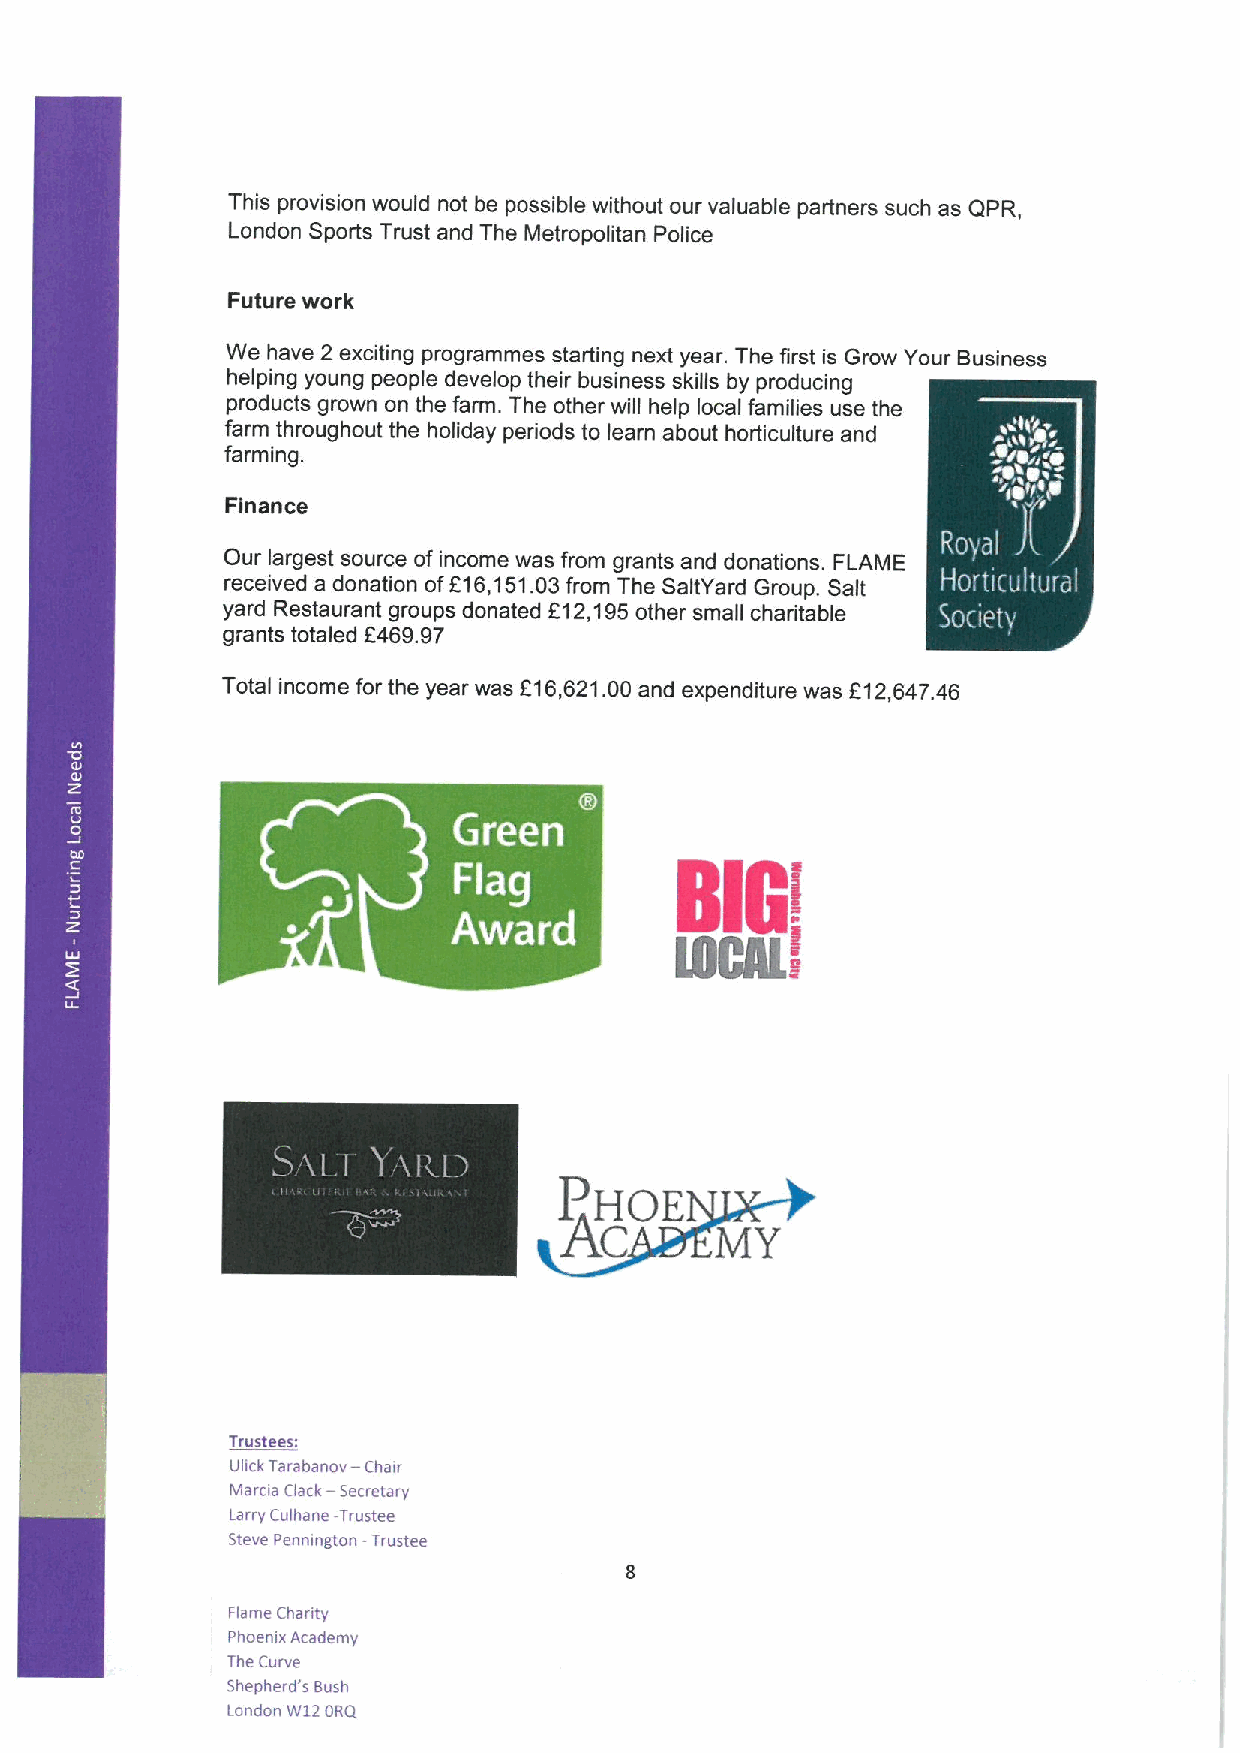
This provision would not be possible without our valuable partners such as QPR,
 London Sports Trust and The Metropolitan Police
 Future work
 We have 2 exciting programmes starting next year. The first is Grow Your Business
 helping young people develop their business skills by producing
 products grown on the farm. The other will help local families use the
 farm throughout the holiday periods to learn about horticulture and
 farming.
 Finance
 Our largest source of income was from grants and donations. FLAME
 received a donation of216,151.03from The SaltYard Group. Salt
 yard Restaurant groups donated F12,195other small charitable
 grants totaled F469.97
 Total income for the year was F16,621.00 and expenditure was 612,647.46
 IIG
 a
 ~  ~
 PHOE
 Ac
 MY
 Trustees:
 Uhck Tarahanov — Chair
 Marcta Clack —Secretary
 Larry Culhane -Trustee
 Steve Penmngton -Trustee
 Flame Chanty
 Phoemx Academy
 The Curve
 Shepherd's Bush
 London W12ORQ